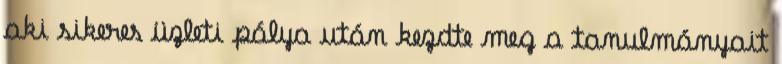
aki sikeres üzleti pálya után kezdte meg a tanulmányait